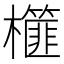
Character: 𣟢